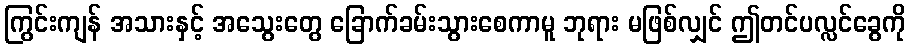
ကြွင်းကျန် အသားနှင့် အသွေးတွေ ခြောက်ခမ်းသွားစေကာမူ ဘုရား မဖြစ်လျှင် ဤတင်ပလ္လင်ခွေကို